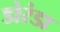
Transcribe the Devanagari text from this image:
डोरंडा